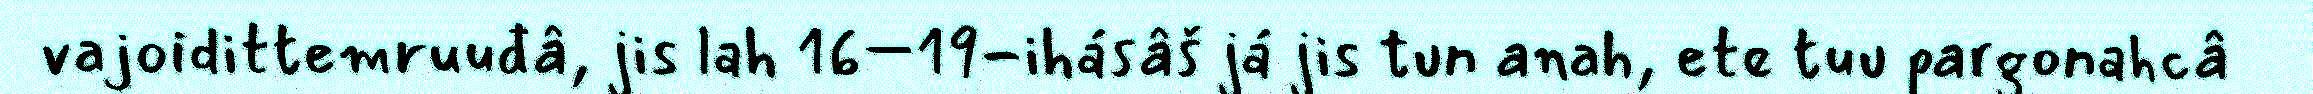
vajoidittemruuđâ, jis lah 16–19-ihásâš já jis tun anah, ete tuu pargonahcâ